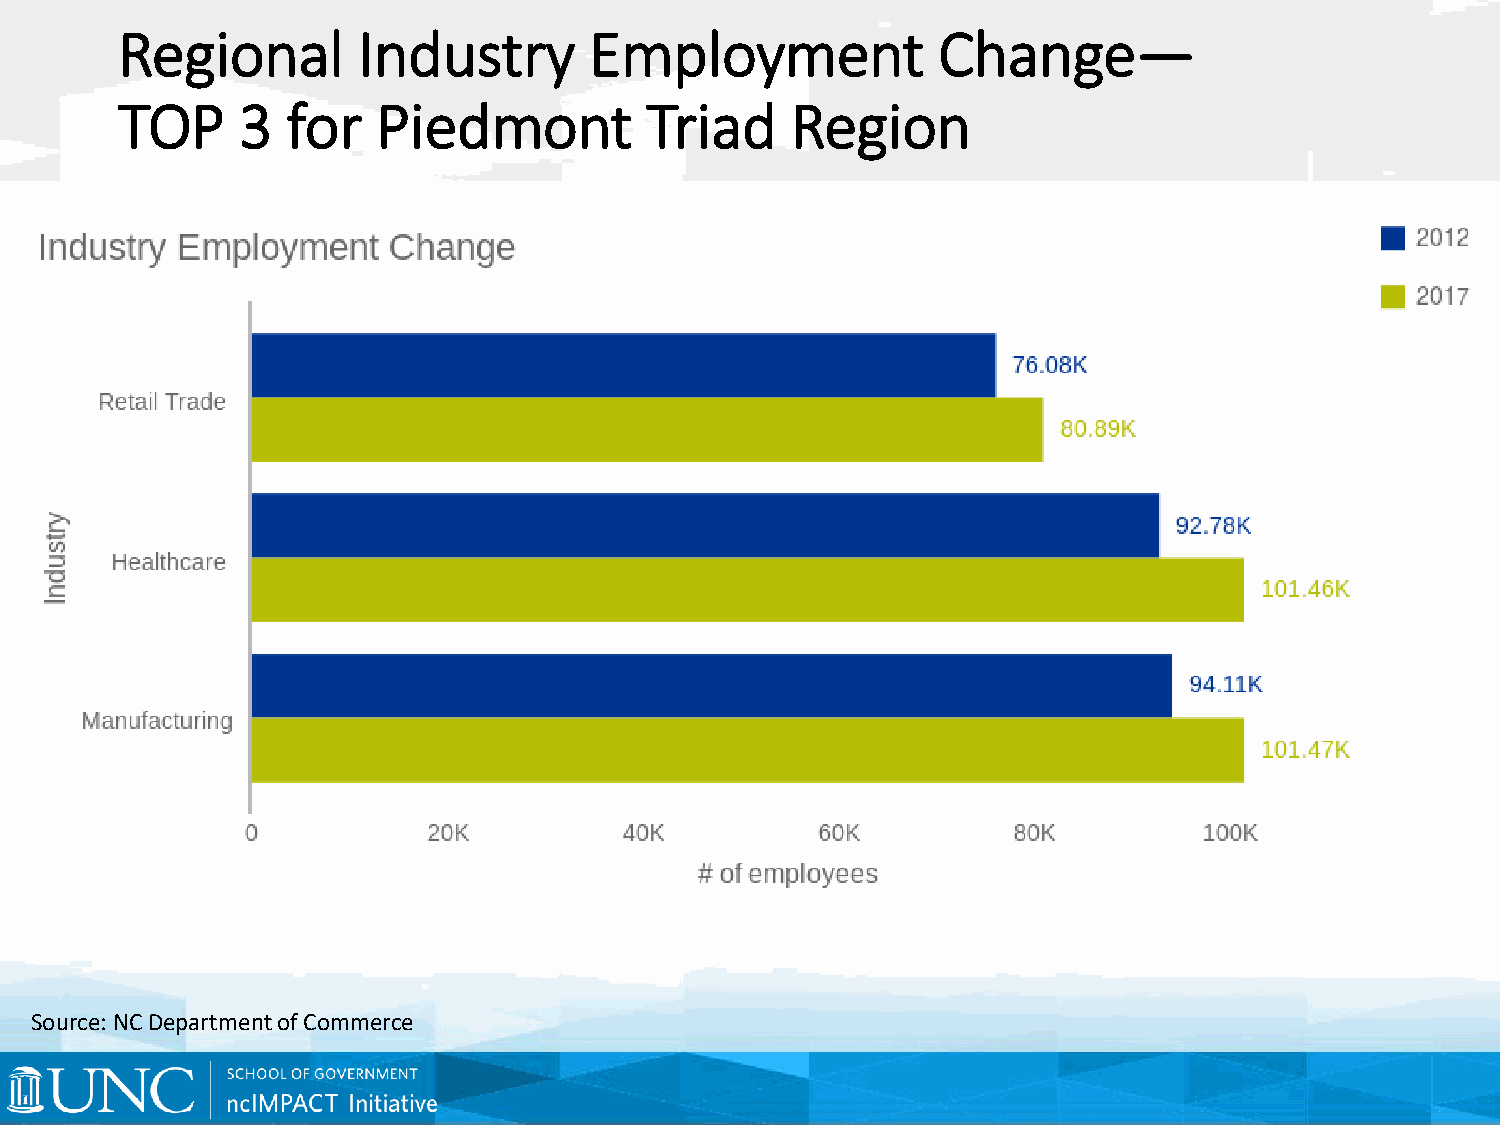
Regional        Industry       Employment             Change—
 TOP     3  for   Piedmont          Triad    Region
 Source: NC Department of Commerce